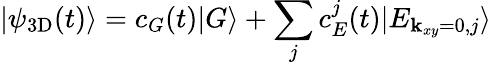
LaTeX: |\psi_{\mathrm{3D}}(t)\rangle=c_{G}(t)|G\rangle+\sum_{j}c_{E}^{j}(t)|E_{{\mathbf k}_{xy}=0,j}\rangle